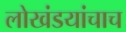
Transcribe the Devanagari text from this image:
लोखंडयांचाच